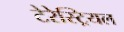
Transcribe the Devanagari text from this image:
टेरेस्‍ट्रियल